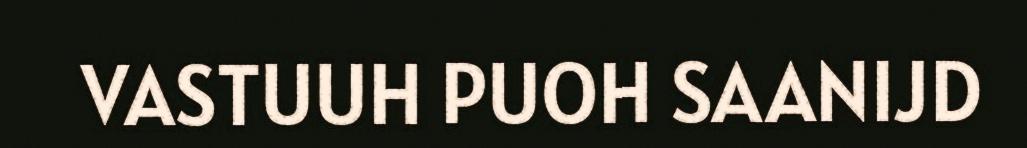
VASTUUH PUOH SAANIJD